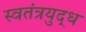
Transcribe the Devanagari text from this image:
स्वतंत्रयुद्ध